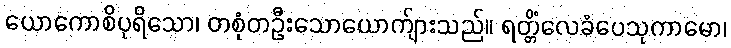
ယောကောစိပုရိသော၊ တစုံတဦးသောယောက်ျားသည်။ ရတ္တိံလေခံပေသုကာမော၊